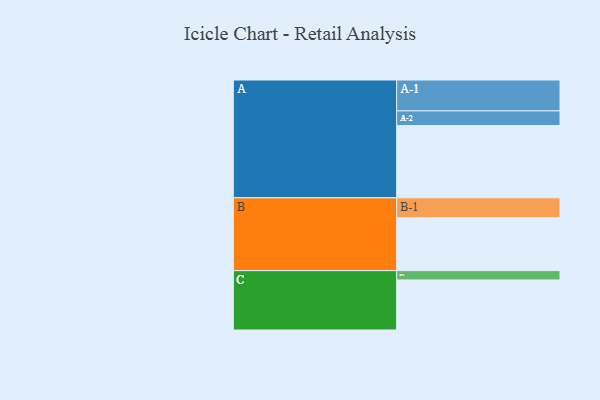
{"axis": {"x": "Segment", "y": "Value"}, "legend": ["", "A", "B", "C"], "data": [{"x": "A", "y": 543, "type": ""}, {"x": "B", "y": 397, "type": ""}, {"x": "C", "y": 376, "type": ""}, {"x": "A-1", "y": 232, "type": "A"}, {"x": "A-2", "y": 110, "type": "A"}, {"x": "B-1", "y": 150, "type": "B"}, {"x": "C-1", "y": 70, "type": "C"}]}